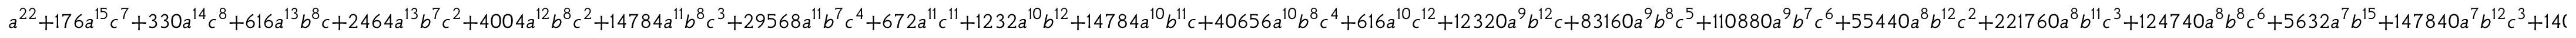
a ^ { 2 2 } + 1 7 6 a ^ { 1 5 } c ^ { 7 } + 3 3 0 a ^ { 1 4 } c ^ { 8 } + 6 1 6 a ^ { 1 3 } b ^ { 8 } c + 2 4 6 4 a ^ { 1 3 } b ^ { 7 } c ^ { 2 } + 4 0 0 4 a ^ { 1 2 } b ^ { 8 } c ^ { 2 } + 1 4 7 8 4 a ^ { 1 1 } b ^ { 8 } c ^ { 3 } + 2 9 5 6 8 a ^ { 1 1 } b ^ { 7 } c ^ { 4 } + 6 7 2 a ^ { 1 1 } c ^ { 1 1 } + 1 2 3 2 a ^ { 1 0 } b ^ { 1 2 } + 1 4 7 8 4 a ^ { 1 0 } b ^ { 1 1 } c + 4 0 6 5 6 a ^ { 1 0 } b ^ { 8 } c ^ { 4 } + 6 1 6 a ^ { 1 0 } c ^ { 1 2 } + 1 2 3 2 0 a ^ { 9 } b ^ { 1 2 } c + 8 3 1 6 0 a ^ { 9 } b ^ { 8 } c ^ { 5 } + 1 1 0 8 8 0 a ^ { 9 } b ^ { 7 } c ^ { 6 } + 5 5 4 4 0 a ^ { 8 } b ^ { 1 2 } c ^ { 2 } + 2 2 1 7 6 0 a ^ { 8 } b ^ { 1 1 } c ^ { 3 } + 1 2 4 7 4 0 a ^ { 8 } b ^ { 8 } c ^ { 6 } + 5 6 3 2 a ^ { 7 } b ^ { 1 5 } + 1 4 7 8 4 0 a ^ { 7 } b ^ { 1 2 } c ^ { 3 } + 1 4 0 8 0 0 a ^ { 7 } b ^ { 8 } c ^ { 7 } + 1 4 0 8 0 0 a ^ { 7 } b ^ { 7 } c ^ { 8 } + 1 7 6 a ^ { 7 } c ^ { 1 5 } + 2 4 6 4 a ^ { 6 } b ^ { 1 6 } + 2 5 8 7 2 0 a ^ { 6 } b ^ { 1 2 } c ^ { 4 } + 6 2 0 9 2 8 a ^ { 6 } b ^ { 1 1 } c ^ { 5 } + 1 2 3 2 0 0 a ^ { 6 } b ^ { 8 } c ^ { 8 } + 7 7 a ^ { 6 } c ^ { 1 6 } + 1 4 7 8 4 a ^ { 5 } b ^ { 1 6 } c + 1 1 8 2 7 2 a ^ { 5 } b ^ { 1 5 } c ^ { 2 } + 3 1 0 4 6 4 a ^ { 5 } b ^ { 1 2 } c ^ { 5 } + 8 3 1 6 0 a ^ { 5 } b ^ { 8 } c ^ { 9 } + 6 6 5 2 8 a ^ { 5 } b ^ { 7 } c ^ { 1 0 } + 3 6 9 6 0 a ^ { 4 } b ^ { 1 6 } c ^ { 2 } + 2 5 8 7 2 0 a ^ { 4 } b ^ { 1 2 } c ^ { 6 } + 4 4 3 5 2 0 a ^ { 4 } b ^ { 1 1 } c ^ { 7 } + 4 1 5 8 0 a ^ { 4 } b ^ { 8 } c ^ { 1 0 } + 4 9 2 8 0 a ^ { 3 } b ^ { 1 6 } c ^ { 3 } + 1 9 7 1 2 0 a ^ { 3 } b ^ { 1 5 } c ^ { 4 } + 1 4 7 8 4 0 a ^ { 3 } b ^ { 1 2 } c ^ { 7 } + 1 4 7 8 4 a ^ { 3 } b ^ { 8 } c ^ { 1 1 } + 9 8 5 6 a ^ { 3 } b ^ { 7 } c ^ { 1 2 } + 3 6 9 6 0 a ^ { 2 } b ^ { 1 6 } c ^ { 4 } + 5 5 4 4 0 a ^ { 2 } b ^ { 1 2 } c ^ { 8 } + 7 3 9 2 0 a ^ { 2 } b ^ { 1 1 } c ^ { 9 } + 3 6 9 6 a ^ { 2 } b ^ { 8 } c ^ { 1 2 } + 1 4 7 8 4 a b ^ { 1 6 } c ^ { 5 } + 3 9 4 2 4 a b ^ { 1 5 } c ^ { 6 } + 1 2 3 2 0 a b ^ { 1 2 } c ^ { 9 } + 6 1 6 a b ^ { 8 } c ^ { 1 3 } + 3 5 2 a b ^ { 7 } c ^ { 1 4 } + 2 4 6 4 b ^ { 1 6 } c ^ { 6 } + 1 2 3 2 b ^ { 1 2 } c ^ { 1 0 } + 1 3 4 4 b ^ { 1 1 } c ^ { 1 1 } + 4 4 b ^ { 8 } c ^ { 1 4 }